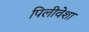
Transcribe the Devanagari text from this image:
पिलीवेशा